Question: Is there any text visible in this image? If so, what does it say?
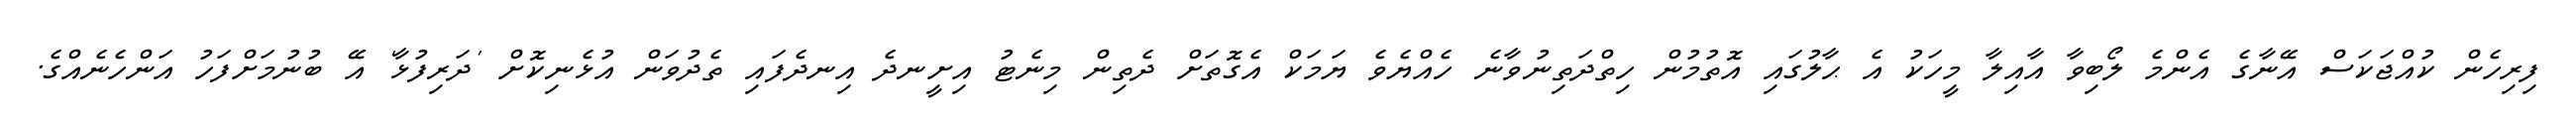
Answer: ފިރިހެން ކުއްޖަކަސް އޭނާގެ އެންމެ ލޯބިވާ އާއިލާ މީހަކު އެ ޙާލުގައި އޮތުމުން ހިތްދަތިނުވާނެ ހެއްޔެވެ ޔަމަކް އެގޮތަށް ދެތިން މިނެޓު އިށީނދެ އިނދެފައި ތެދުވަން އުޅެނިކޮށް 'ދަރިފުޅާ' އޭ ބުނުމަށްފަހު އަންހެނެއްގެ.